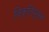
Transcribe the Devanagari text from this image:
विकृतिमुक्त